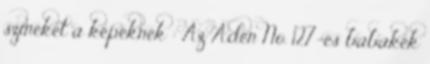
színeket a képeknek : Az Aden No. 127-es babakék